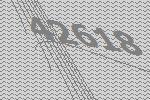
42618